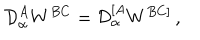
LaTeX: { \cal D } _ { \alpha } ^ { A } W ^ { B C } = { \cal D } _ { \alpha } ^ { [ A } W ^ { B C ] } \, ,